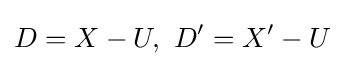
D=X-U,{\text{ }}D'=X'-U